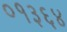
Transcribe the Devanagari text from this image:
०१३६४